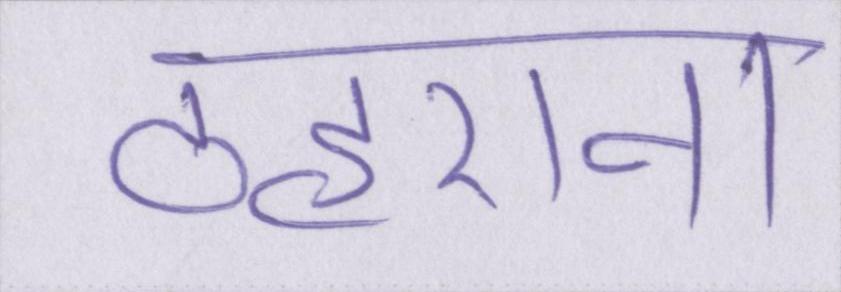
ठहराना